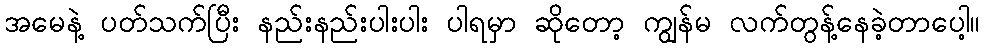
အမေနဲ့ ပတ်သက်ပြီး နည်းနည်းပါးပါး ပါရမှာ ဆိုတော့ ကျွန်မ လက်တွန့်နေခဲ့တာပေါ့။